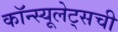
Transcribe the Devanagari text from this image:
कॉन्स्यूलेट्सची